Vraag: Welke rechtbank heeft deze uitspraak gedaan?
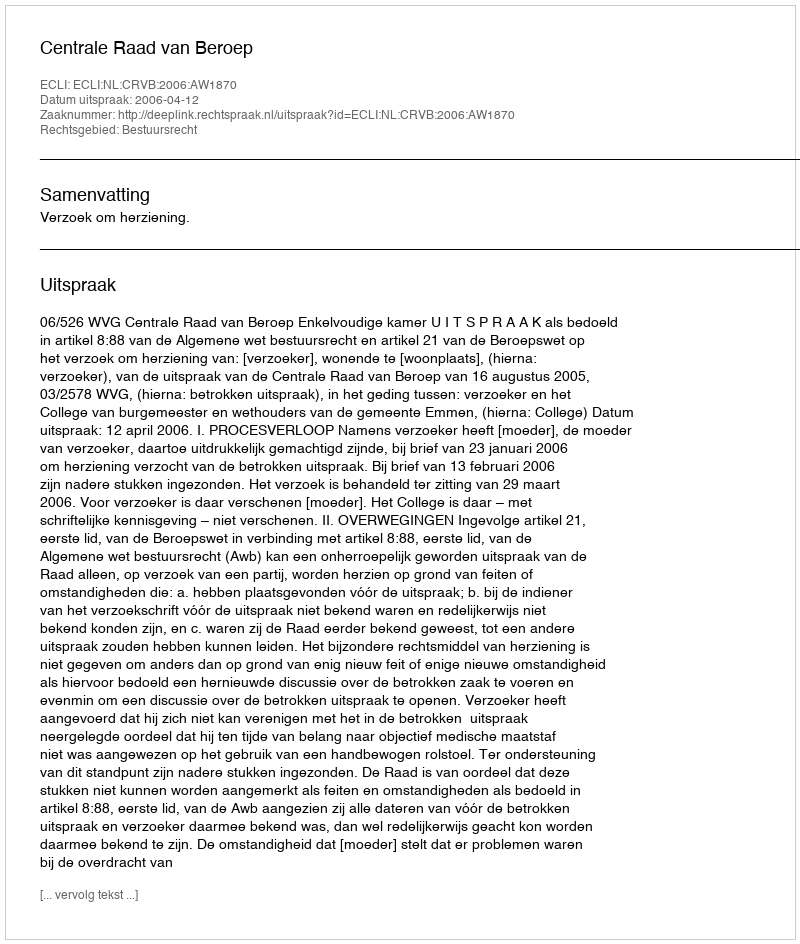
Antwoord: Centrale Raad van Beroep